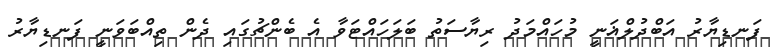
ފަނޑިޔާރު އަބްދުލްޣަނީ މުހައްމަދު ރިޔާސަތު ބަލަހައްޓަވާ އެ ބެންޗުގައި ދެން ތިއްބަވަނީ ފަނޑިޔާރު